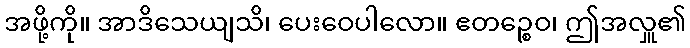
အဖို့ကို။ အာဒိသေယျသိ၊ ပေးဝေပါလော။ ဧတဉ္စေဝ၊ ဤအလှူ၏